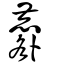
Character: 麔